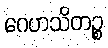
ဂေဟသိတဉ္စ